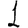
Digit: 1